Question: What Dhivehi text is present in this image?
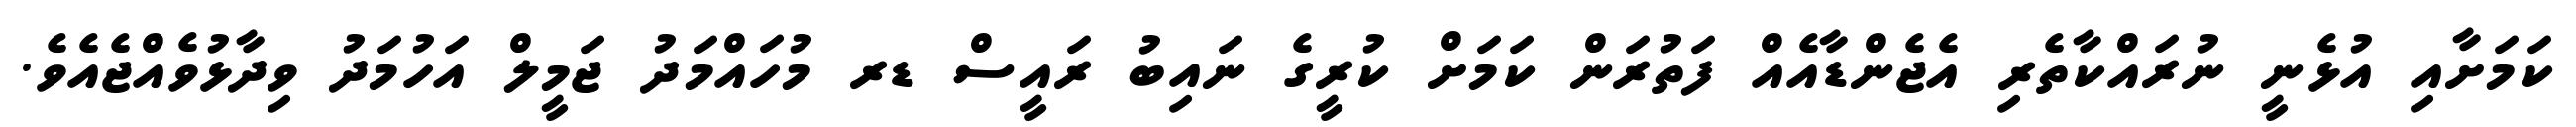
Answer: ކަމަށާއި އުޅެނީ ނުރައްކާތެރި އެޖެންޑާއެއް ފަތުރަން ކަމަށް ކުރީގެ ނައިބު ރައީސް ޑރ މުހައްމަދު ޖަމީލް އަހުމަދު ވިދާޅުވެއްޖެއެވެ.